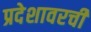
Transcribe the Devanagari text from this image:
प्रदेशावरची